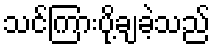
သင်ကြားပို့ချခဲ့သည်